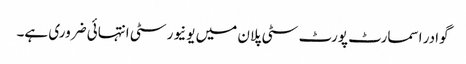
گوادر اسمارٹ پورٹ سٹی پلان میں یونیورسٹی انتہائی ضروری ہے۔